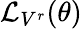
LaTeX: {\mathcal{L}}_{V^{r}}(\theta)